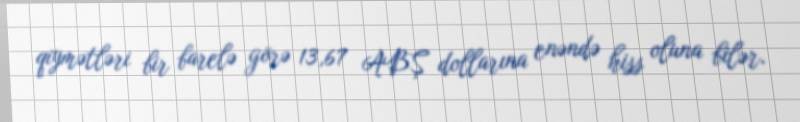
qiymətləri bir barelə görə 13,67 ABŞ dollarına enəndə hiss oluna bilər.